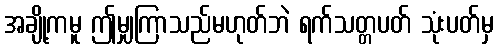
အချို့ကမူ ဤမျှကြာသည်မဟုတ်ဘဲ ရက်သတ္တပတ် သုံးပတ်မှ